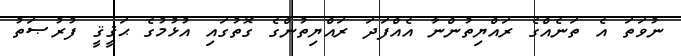
ނުވަތަ އެ ތަނެއްގެ ރައްޔިތުންނާ އެއްފަދަ ރައްޔިތުންގެ ގޮތުގައި އުޅުމުގެ ޙަޤީޤީ ފުރުޞަތު